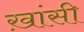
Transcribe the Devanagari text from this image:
ख़ांसी